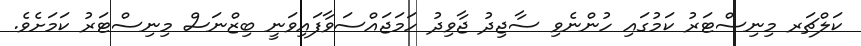
ކަލްޗަރ މިނިސްޓަރު ކަމުގައި ހުންނެވި ސާޖިދު ޖާވިދު ހަމަޖައްސަވާފައިވަނީ ބިޒްނަސް މިނިސްޓަރު ކަމަށެވެ.